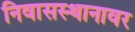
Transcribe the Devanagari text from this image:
निवासस्थानावर